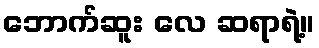
ဘောက်ဆူး လေ ဆရာရဲ့။